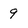
Character: 9